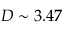
D \sim 3 . 4 7